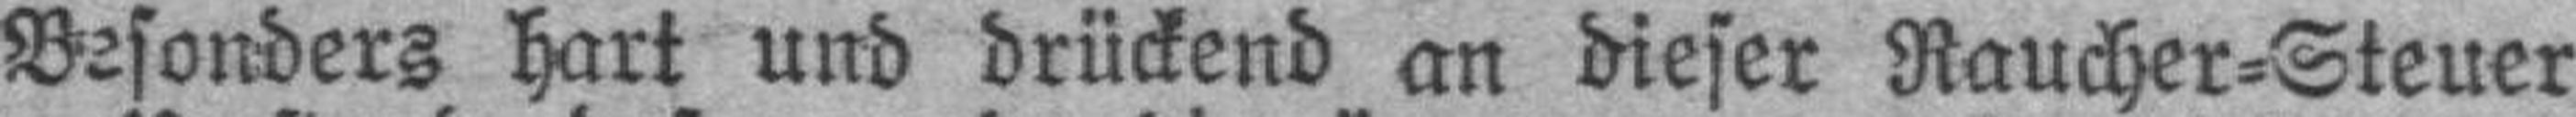
Besonders hart und drückend an dieser Raucher=Steuer